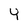
Character: Y